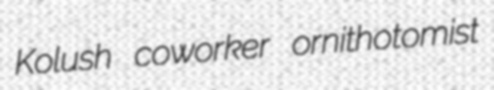
Kolush coworker ornithotomist